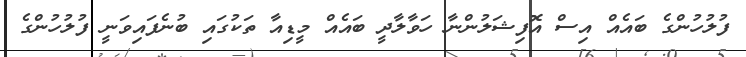
ފުލުހުންގެ ބައެއް އިސް އޮފިޝަލުންނާ ހަވާލާދީ ބައެއް މީޑިއާ ތަކުގައި ބުނެފައިވަނީ ފުލުހުންގެ